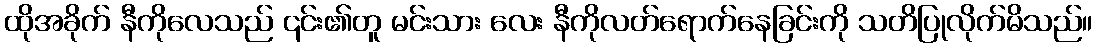
ထိုအခိုက် နီကိုလေသည် ၎င်း၏တူ မင်းသား လေး နီကိုလတ်ရောက်နေခြင်းကို သတိပြုလိုက်မိသည်။